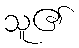
သူ၏